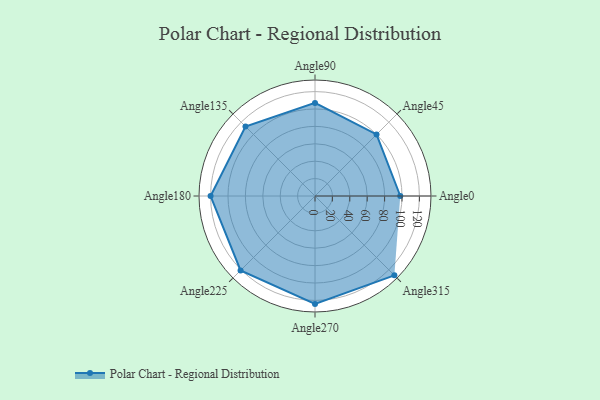
{"axis": {"x": "Angle", "y": "Radius"}, "legend": [""], "data": [{"x": "Angle0", "y": 98.0, "type": ""}, {"x": "Angle45", "y": 100.0, "type": ""}, {"x": "Angle90", "y": 107.0, "type": ""}, {"x": "Angle135", "y": 113.0, "type": ""}, {"x": "Angle180", "y": 120.0, "type": ""}, {"x": "Angle225", "y": 121.0, "type": ""}, {"x": "Angle270", "y": 124.0, "type": ""}, {"x": "Angle315", "y": 129.0, "type": ""}]}